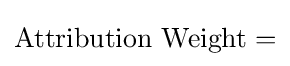
{\text{Attribution Weight}}=